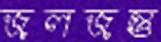
জলজন্তু